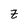
Character: z